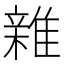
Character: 𮦀